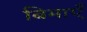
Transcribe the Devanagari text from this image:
बिमाएँ